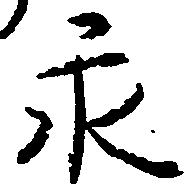
永